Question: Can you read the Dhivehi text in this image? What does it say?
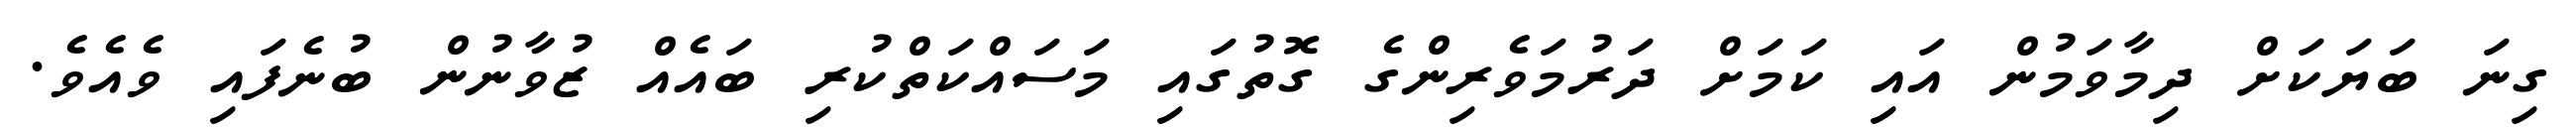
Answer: ގިނަ ބަޔަކަށް ދިމާވަމުން އައި ކަމަށް ދަރުމަވެރިންގެ ގޮތުގައި މަސައްކަތްކުރި ބައެއް ޒުވާނުން ބުނެފައި ވެއެވެ.